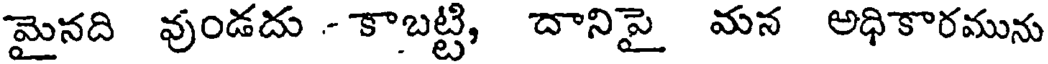
మైనది వుండదు - కాబట్టి, దానిపై మన అధికారమును